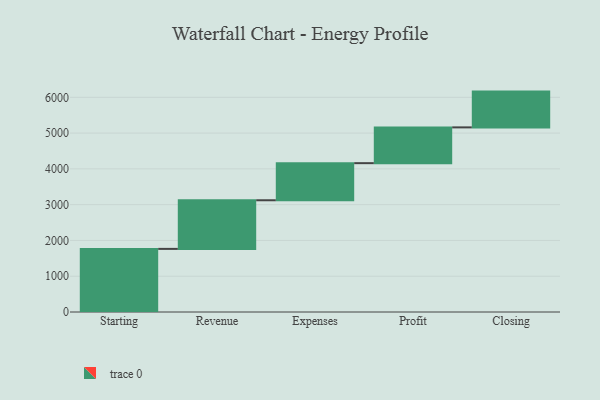
{"axis": {"x": "Step", "y": "Value"}, "legend": [""], "data": [{"x": "Starting", "y": 1764.0, "type": ""}, {"x": "Revenue", "y": 1359.0, "type": ""}, {"x": "Expenses", "y": 1037.0, "type": ""}, {"x": "Profit", "y": 1000, "type": ""}, {"x": "Closing", "y": 1000, "type": ""}]}